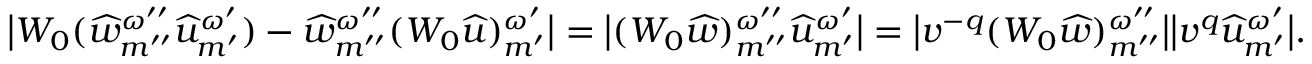
\big | W _ { 0 } ( \widehat { w } _ { { m ^ { \prime \prime } } } ^ { \omega ^ { \prime \prime } } { \widehat { u } } _ { m ^ { \prime } } ^ { \omega ^ { \prime } } ) - \widehat { w } _ { { m ^ { \prime \prime } } } ^ { \omega ^ { \prime \prime } } ( W _ { 0 } { \widehat { u } } ) _ { m ^ { \prime } } ^ { \omega ^ { \prime } } \big | = \big | ( W _ { 0 } \widehat { w } ) _ { { m ^ { \prime \prime } } } ^ { \omega ^ { \prime \prime } } { \widehat { u } } _ { m ^ { \prime } } ^ { \omega ^ { \prime } } \big | = \big | v ^ { - q } ( W _ { 0 } \widehat { w } ) _ { { m ^ { \prime \prime } } } ^ { \omega ^ { \prime \prime } } \big | \big | v ^ { q } { \widehat { u } } _ { m ^ { \prime } } ^ { \omega ^ { \prime } } \big | .